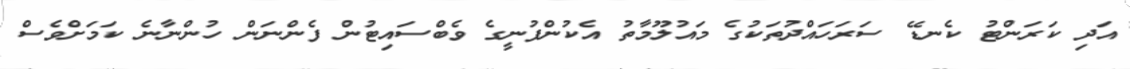
އަދި ކަރަންޓު ކެނޑޭ ސަރަހައްދުތަކުގެ މައުލޫމާތު އެކުންފުނީގެ ވެބްސައިޓުން ފެންނަން ހުންނާނެ ކަމަށްވެސް